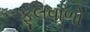
ફૂલવાળો